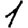
Digit: 1